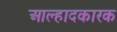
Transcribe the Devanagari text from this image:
आल्हादकारक